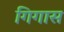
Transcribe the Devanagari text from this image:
गिगास